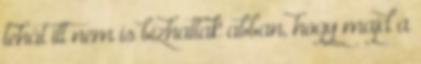
tehát itt nem is bízhattak abban, hogy majd a